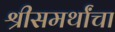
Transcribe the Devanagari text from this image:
श्रीसमर्थांचा